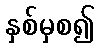
နှစ်မှစ၍